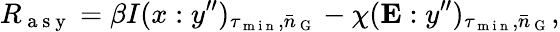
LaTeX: R_{\mathrm{~a~s~y~}}=\beta I(x:y^{\prime\prime})_{\tau_{\mathrm{~m~i~n~}},\bar{n}_{\mathrm{~G~}}}-\chi(\mathbf{E}:y^{\prime\prime})_{\tau_{\mathrm{~m~i~n~}},\bar{n}_{\mathrm{~G~}}},